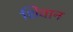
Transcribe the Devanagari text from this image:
शिवान